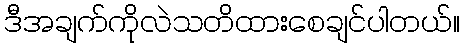
ဒီအချက်ကိုလဲသတိထားစေချင်ပါတယ်။